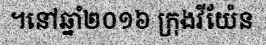
។នៅឆ្នាំ២០១៦ ក្រុងវីយ៉ែន